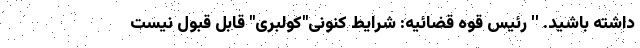
داشته باشید. '' رئیس قوه قضائیه: شرایط کنونی"کولبری" قابل قبول نیست